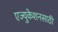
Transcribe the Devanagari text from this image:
एज्युकेशनसाठी